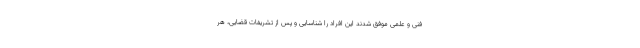
فنی و علمی موفق شدند این افراد را شناسایی و پس از تشریفات قضایی، هر